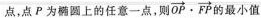
点，点P为椭圆上的任意一点，则 $$\overrightarrow { O P } \cdot \overrightarrow { F P }$$的最小值